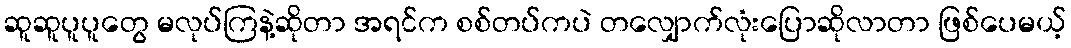
ဆူဆူပူပူတွေ မလုပ်ကြနဲ့ဆိုတာ အရင်က စစ်တပ်ကပဲ တလျှောက်လုံးပြောဆိုလာတာ ဖြစ်ပေမယ့်